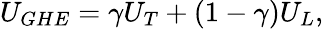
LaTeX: \begin{array}{r}{U_{GHE}=\gamma U_{T}+(1-\gamma)U_{L},}\end{array}